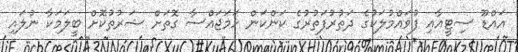
އައްޑޫ ސިޓީއާއި ފުވައްމުލަކުގެ ދަތުރުފަތުރުގެ ކަންކަން ހަމަޖައްސާ ގޮތަށް ޝަރުތުކޮށް ބީލަމަކާ ނުލައި